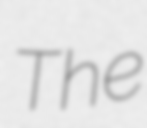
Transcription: The